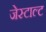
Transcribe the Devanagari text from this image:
जेस्टाल्ट